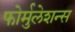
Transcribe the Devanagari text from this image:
फोर्मुलेशन्स